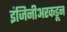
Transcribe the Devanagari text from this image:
इंजिनीअरकडून